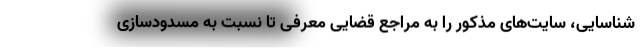
شناسایی، سایت‌های مذکور را به مراجع قضایی معرفی تا نسبت به مسدودسازی